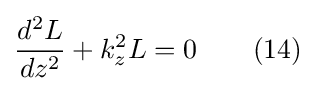
{\frac {d^{2}L}{dz^{2}}}+k_{z}^{2}L=0\ \ \ \ \ \ (14)